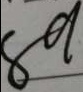
8 9